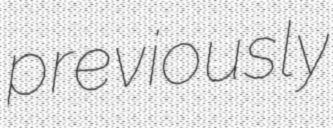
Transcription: previously